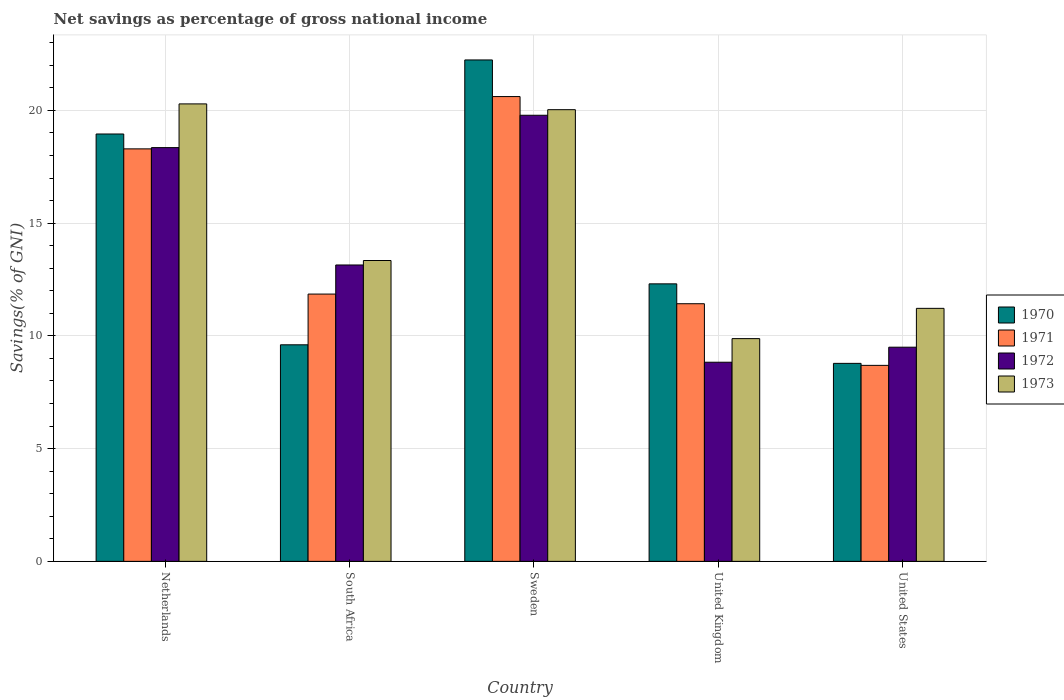
| Country | 1970 | 1971 | 1972 | 1973 |
 | --- | --- | --- | --- | --- |
 | Netherlands | 19 | 18.3 | 18.3 | 20.3 |
 | South Africa | 9.6 | 11.9 | 13.1 | 13.3 |
 | Sweden | 22.2 | 20.6 | 19.8 | 20 |
 | United Kingdom | 12.3 | 11.4 | 8.83 | 9.88 |
 | United States | 8.78 | 8.69 | 9.5 | 11.2 |